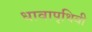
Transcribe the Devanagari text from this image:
धावापृथिवी